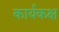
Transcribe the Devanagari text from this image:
कार्यकक्ष